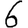
Digit: 6